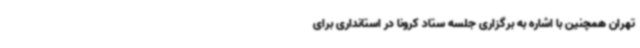
تهران همچنین با اشاره به برگزاری جلسه‌ ستاد کرونا در استانداری برای